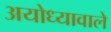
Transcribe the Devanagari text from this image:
अयोध्यावाले